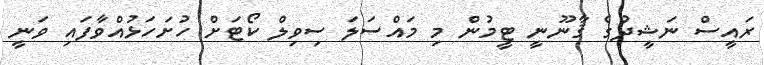
ރައީސް ނަޝީދުގެ ޤާނޫނީ ޓީމުން މި މައްސަލަ ސިވިލް ކޯޓަށް ހުށަހަޅުއްވާފައި ވަނީ